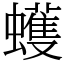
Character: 蠖